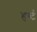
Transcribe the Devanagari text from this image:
हर्ब्ट